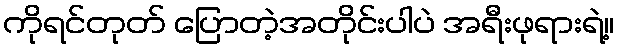
ကိုရင်တုတ် ပြောတဲ့အတိုင်းပါပဲ အရီးဖုရားရဲ့။